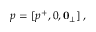
p = [ p ^ { + } , 0 , \mathbf { 0 } _ { \perp } ] \, ,